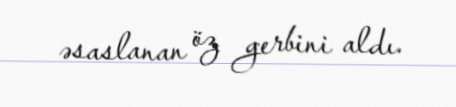
əsaslanan öz gerbini aldı.